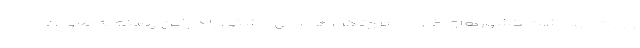
وزارت بهداشت کشورهای خارجی پروتکل های بهداشتی را در این زمینه به صورت